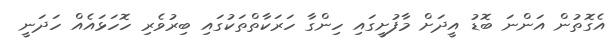
އެގޮތުން އަންނަ ބޮޑު އީދަށް މާފުށީގައި ހިންގާ ހަރަކާތްތަކުގައި ބިރުވެރި ހޮހަޅައެއް ހަދަނީ